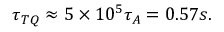
\tau _ { T Q } \approx 5 \times 1 0 ^ { 5 } \tau _ { A } = 0 . 5 7 s .